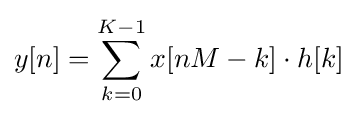
y[n]=\sum _{k=0}^{K-1}x[nM-k]\cdot h[k]